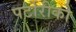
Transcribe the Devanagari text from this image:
पर्टोरीको